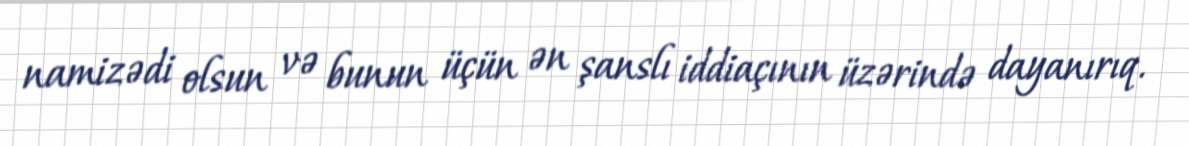
namizədi olsun və bunun üçün ən şanslı iddiaçının üzərində dayanırıq.